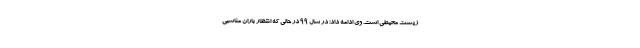
زیست محیطی است. وی ادامه داد: در سال ۹۹ در حالی که انتظار باران مناسبی